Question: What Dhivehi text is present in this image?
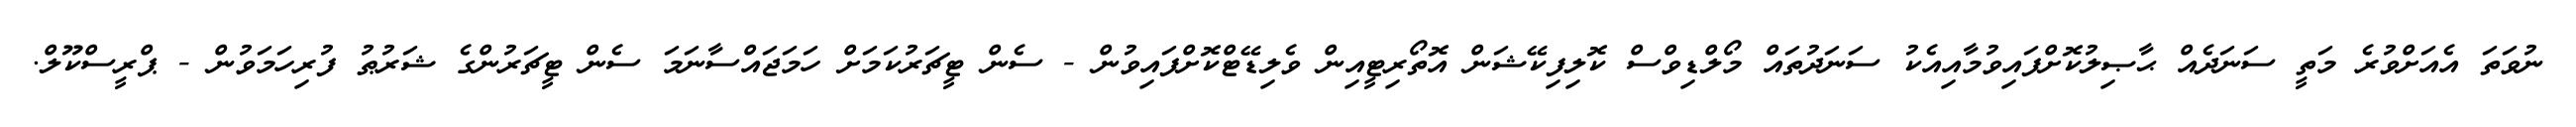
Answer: ނުވަތަ އެއަށްވުރެ މަތީ ސަނަދެއް ޙާޞިލުކޮށްފައިވުމާއިއެކު ސަނަދުތައް މޯލްޑިވްސް ކޮލިފިކޭޝަން އޮތޯރިޓީއިން ވެލިޑޭޓްކޮށްފައިވުން - ސެން ޓީޗަރުކަމަށް ހަމަޖައްސާނަމަ ސެން ޓީޗަރުންގެ ޝަރުޠު ފުރިހަމަވުން - ޕްރީސްކޫލް.